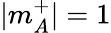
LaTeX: |m_{A}^{+}|=1